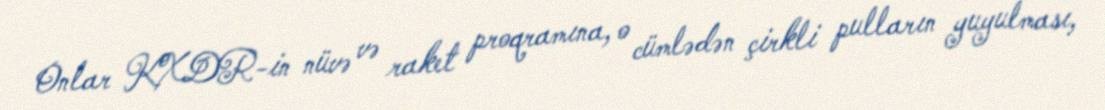
Onlar KXDR-in nüvə və raket proqramına, o cümlədən çirkli pulların yuyulması,